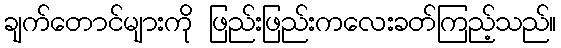
ချက်တောင်များကို ဖြည်းဖြည်းကလေးခတ်ကြည့်သည်။